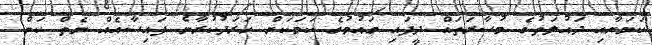
ކަމަށާއި ދައުލަތުގެ މުސާރަތައް ދީފައި ގައުމުގެ ކަމަކަށް ހަރަދުކުރާނެ ފައިސާއެއް ނެތް ކަން